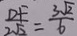
\frac { D F } { 2 \sqrt { 2 } } = \frac { 3 \sqrt { 2 } } { 6 }